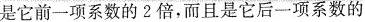
是它前一项系数的2倍，而且是它后一项系数的